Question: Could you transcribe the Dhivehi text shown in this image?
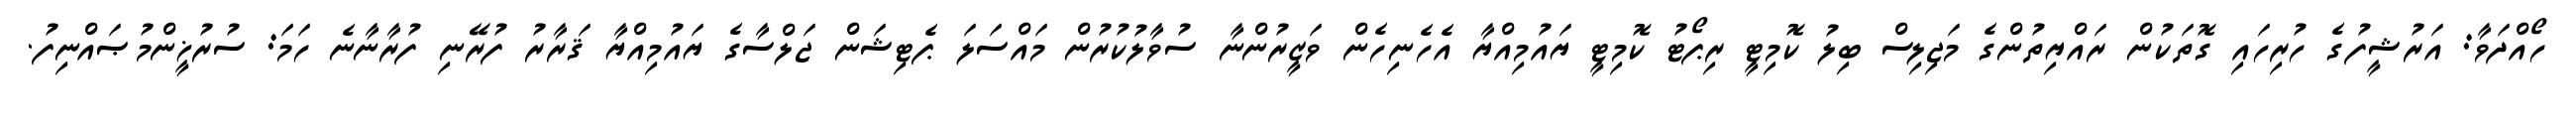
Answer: ހޯއްދަވާ: އަރުޝީފުގެ ހުރިހައި ގޮތަކުން ރައްޔިތުންގެ މަޖިލިސް ބިލު ކޮމިޓީ ރިޕޯޓު ކޮމިޓީ ޔައުމިއްޔާ އެހެނިހެން ވަޒީރުންނާ ސުވާލުކުރުން މައްސަލަ ޕެޓިޝަން ޖަލްސާގެ ޔައުމިއްޔާ ޤަރާރު ފުރޭނި ފުރާނާނެ ހަމަ: ސުރުޚީންމުޞައްނިފު.